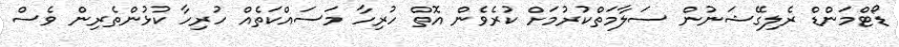
ޑޯޓްމަންޑް ރެލިގޭޝަނުން ސަލާމަތްކުރުމަށް ކުރެވެން އޮތް ހުރިހާ މަސައްކަތެއް ހުރިހާ ކުޅުންތެރިން ވެސް